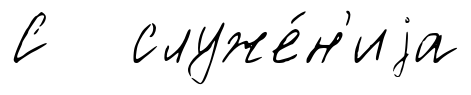
С служе́н'иjа